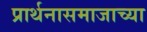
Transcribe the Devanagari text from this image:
प्रार्थनासमाजाच्या